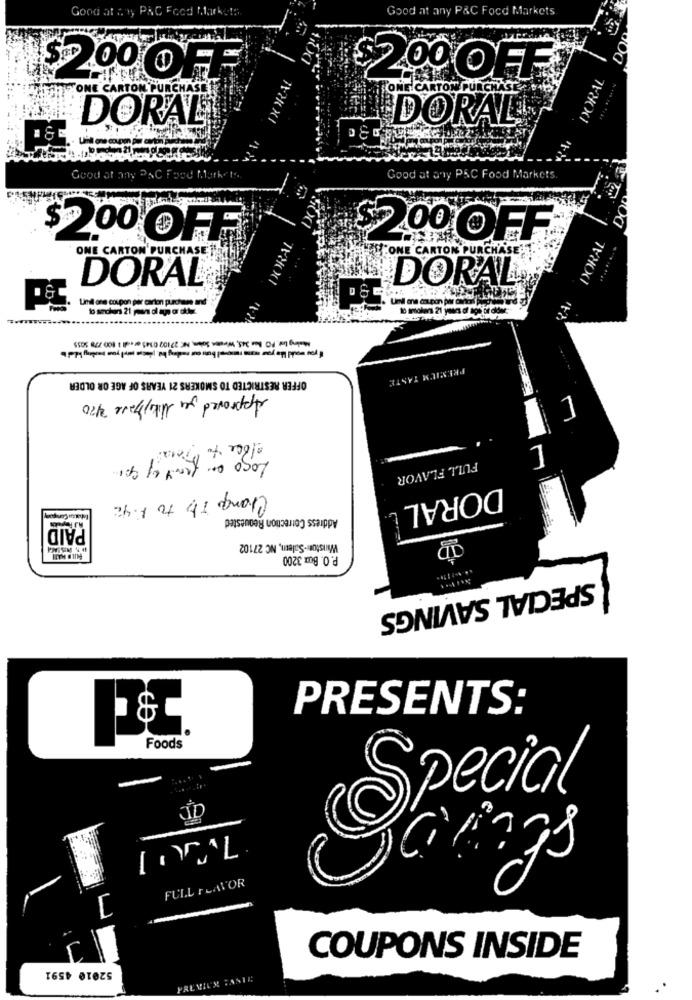
Good at any P&C Foce Markets
Good at any PAC Food Market:
DO
DORAL
SPP 00 OFF
$200 OFF
ONE CARTO
CHAST
PunchAS
DORAL®
DORAL
Good at any PAC Food Market ...
Good at any PSC Food Markets.
$2.00 OFF
$2.00 OFF
DORAL
ONE CARTON PURCHASE T
ONE CARTON PURCHASE
DORAL
DORAL®
Lmill one coupon per carton purchase and
D&G
OFFER RESTRICTED TO SMOKERS 21 YEARS OF AGE OR OLDER
PREMIUM TASTE
Approved Jer Mikeppare 2/20
1
FULL FLAVOR
DORAL
Address Correction Requested
PAID
Winston - Salemn, NC 27102
P. O. Box 3200
SPECIAL SAVINGS
PRESENTS:
Foods
Special
FULL FLAVOR
COUPONS INSIDE
52010 4591
PREVICK TANTE